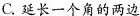
C. 延长一个角的两边